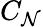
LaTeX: C_{\mathcal{N}}